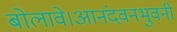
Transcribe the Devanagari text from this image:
बोलावे।आनंदवनभुवनी